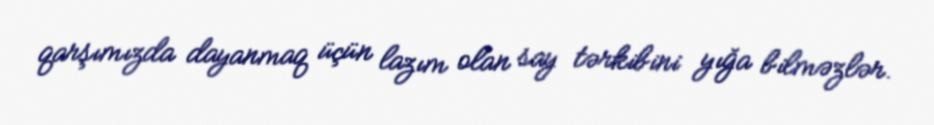
qarşımızda dayanmaq üçün lazım olan say tərkibini yığa bilməzlər.